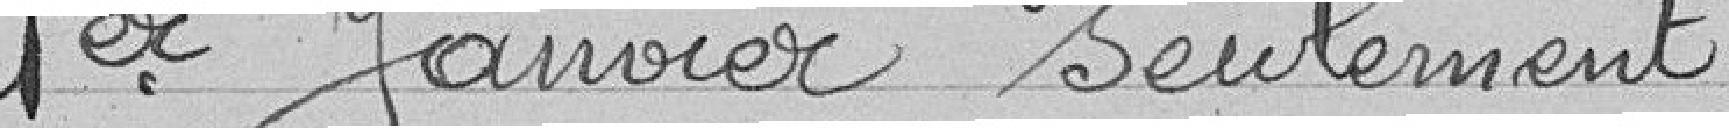
1er janvier seulement.